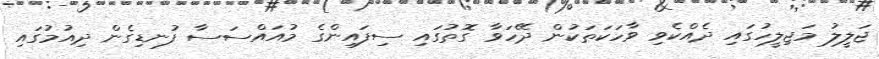
ޖަލީލު މަޖިލީހުގައި ދެއްކެވި ވާހަކަތަކުން ދޭހަވާ ގޮތުގައި ސިފައިންގެ މުއައްސަސާ ފުނޑިގެން ދިއުމުގައި